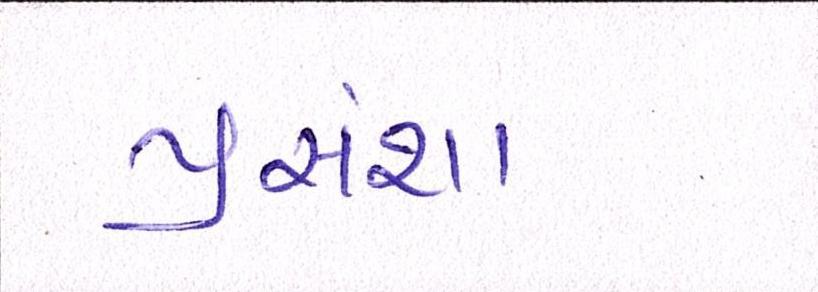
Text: પ્રસંશા